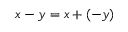
x - y = x + ( - y )